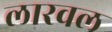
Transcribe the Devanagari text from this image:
लारवल